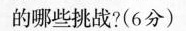
的哪些挑战?(6分)